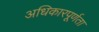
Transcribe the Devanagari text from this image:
अधिकारपूर्णता